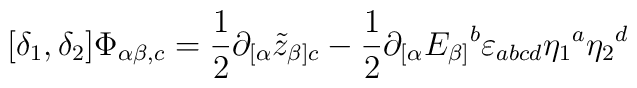
[\delta_1, \delta_2] \Phi_{\alpha\beta,c} = \frac{1}{2}\partial_{[\alpha} \tilde{z}_{\beta]c} - \frac{1}{2}\partial_{[\alpha} E_{\beta]}{}^b \varepsilon_{abcd} \eta_1{}^a\eta_2{}^d